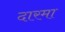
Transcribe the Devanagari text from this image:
दारमा